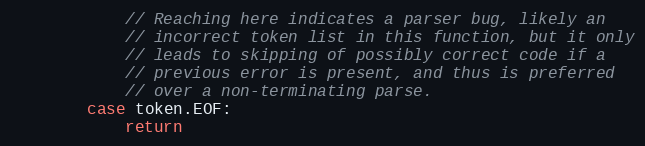
Language: Go
			// Reaching here indicates a parser bug, likely an
			// incorrect token list in this function, but it only
			// leads to skipping of possibly correct code if a
			// previous error is present, and thus is preferred
			// over a non-terminating parse.
		case token.EOF:
			return